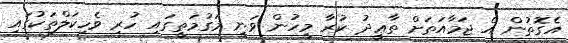
އެގޮތުން އެ ޖަމާއަތަށް ތާޢީދު ކުރާ މީހުން ވަނީ މަގުމަތީގައި ހުރި ވެހިކަލްތަކުގައި